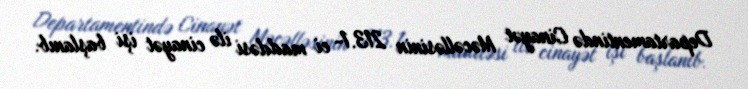
Departamentində Cinayət Məcəlləsinin 213.1- ci maddəsi ilə cinayət işi başlanıb.